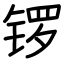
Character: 锣